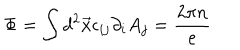
\Phi = \int d ^ { 2 } \vec { x } \epsilon _ { i j } \partial _ { i } A _ { j } = \frac { 2 \pi n } { e }